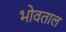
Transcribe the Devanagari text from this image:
भोवताल